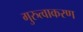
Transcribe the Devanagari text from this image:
गुरुत्वाकरण